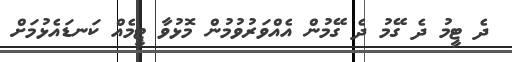
ދެ ޓީމު ދެ ގޭމު ދެ ގޭމުން އެއްވަރުވުމުން މޮޅުވާ ޓީމެއް ކަނޑައެޅުމަށް